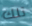
تلك